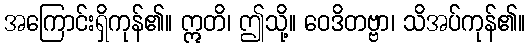
အကြောင်းရှိကုန်၏။ ဣတိ၊ ဤသို့။ ဝေဒိတဗ္ဗာ၊ သိအပ်ကုန်၏။